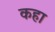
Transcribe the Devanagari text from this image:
कहा